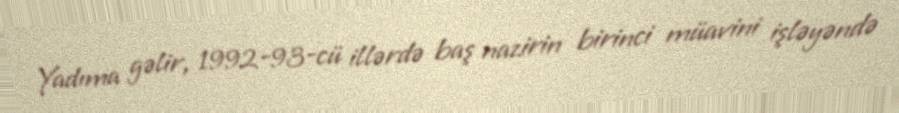
Yadıma gəlir, 1992-93-cü illərdə baş nazirin birinci müavini işləyəndə